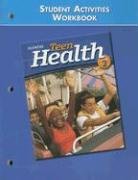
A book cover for Teen Health Course 2, Student Materials, Student Activities Workbook; McGraw-Hill; Health, Fitness & Dieting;